Statistics compiled by the Government of India from the reports of provincial Civil Veterinary Departments
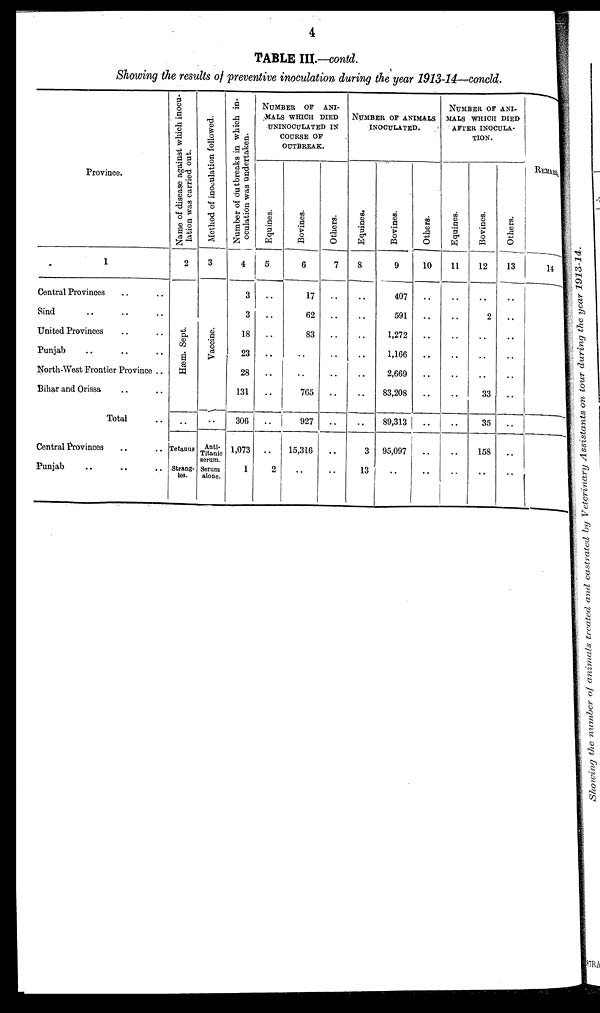
4
TABLE III.—contd.
Showing the results of preventive inoculation during the year 1913-14—concld.
Province.
1
Central Provinces .. ..
Sind
..
..
..
United Provinces .. ..
Punjab .. .. ..
North-West Frontier Province ..
Bihar and Orissa .. ..
Total ..
Central Provinces .. ..
Punjab .. .. ..
Name of disease against which inocu-
lation was carried out.
2
Hæm. Sept.
..
Tetanus
Strang-
les.
Method of inoculation followed.
3
Vaccine.
..
Anti¬
Titanic
serum.
Serum
alone.
Number of dutbreaks in which in-
oculation was undertaken.
4
3
3
18
23
28
131
306
1,073
1
NUMBER OF ANI¬
MALS WHICH DIED
UNINOCULATED IN
COURSE OF
OUTBREAK.
Equines.
5
..
..
..
..
..
..
..
..
2
Bovines.
6
17
62
83
..
..
765
927
15,316
..
Others.
7
..
..
..
..
..
..
..
..
..
NUMBER OF ANIMALS INOCULATED.
Equines.
8
..
..
..
..
..
..
..
3
13
Bovines.
9
407
591
1,272
1,166
2,669
83,208
89,313
95,097
..
Others.
10
..
..
..
..
..
..
..
..
..
NUMBER OF ANI¬
MALS WHICH DIED
AFTER INOCULA-
TION.
Equines.
11
..
..
..
..
..
..
..
..
..
Bovines.
12
..
2
..
..
..
33
35
158
..
Others.
13
..
..
..
..
..
..
..
..
..
REMARKS
14